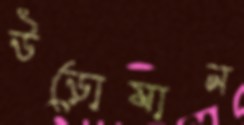
উড়োযান